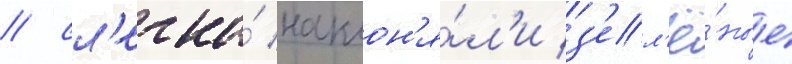
/ сл'егка́ наклон'я́л'и з'ел'ё́ные